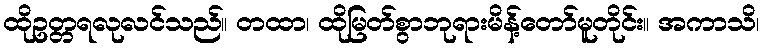
ထိုဥတ္တရလုလင်သည်။ တထာ၊ ထိုမြတ်စွာဘုရားမိန့်တော်မူတိုင်း။ အကာသိ၊